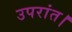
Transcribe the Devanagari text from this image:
उपरांत।